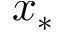
x _ { * }